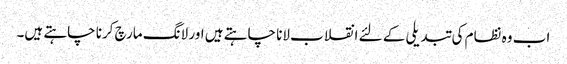
اب وہ نظام کی تبدیلی کے لئے انقلاب لانا چاہتے ہیں اور لانگ مارچ کرنا چاہتے ہیں۔